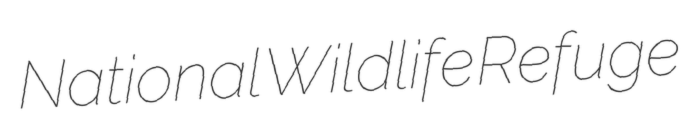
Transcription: National Wildlife Refuge